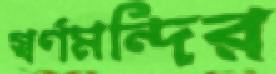
স্বর্ণমন্দির